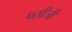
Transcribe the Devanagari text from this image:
पसीजी